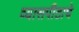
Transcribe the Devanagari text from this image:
व्यासपीठाचे